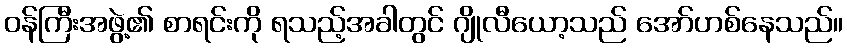
ဝန်ကြီးအဖွဲ့၏ စာရင်းကို ရသည့်အခါတွင် ဂျိုလီယော့သည် အော်ဟစ်နေသည်။